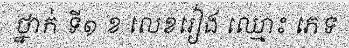
ថ្នាក់ ទី១ ខ លេខរៀង ឈ្មោះ ភេទ